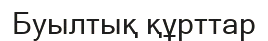
Буылтық құрттар